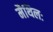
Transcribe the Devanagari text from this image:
मैथिलः